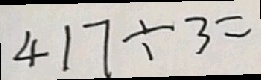
4 1 7 \div 3 =